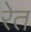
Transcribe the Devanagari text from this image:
रेेत